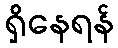
ရှိနေရန်